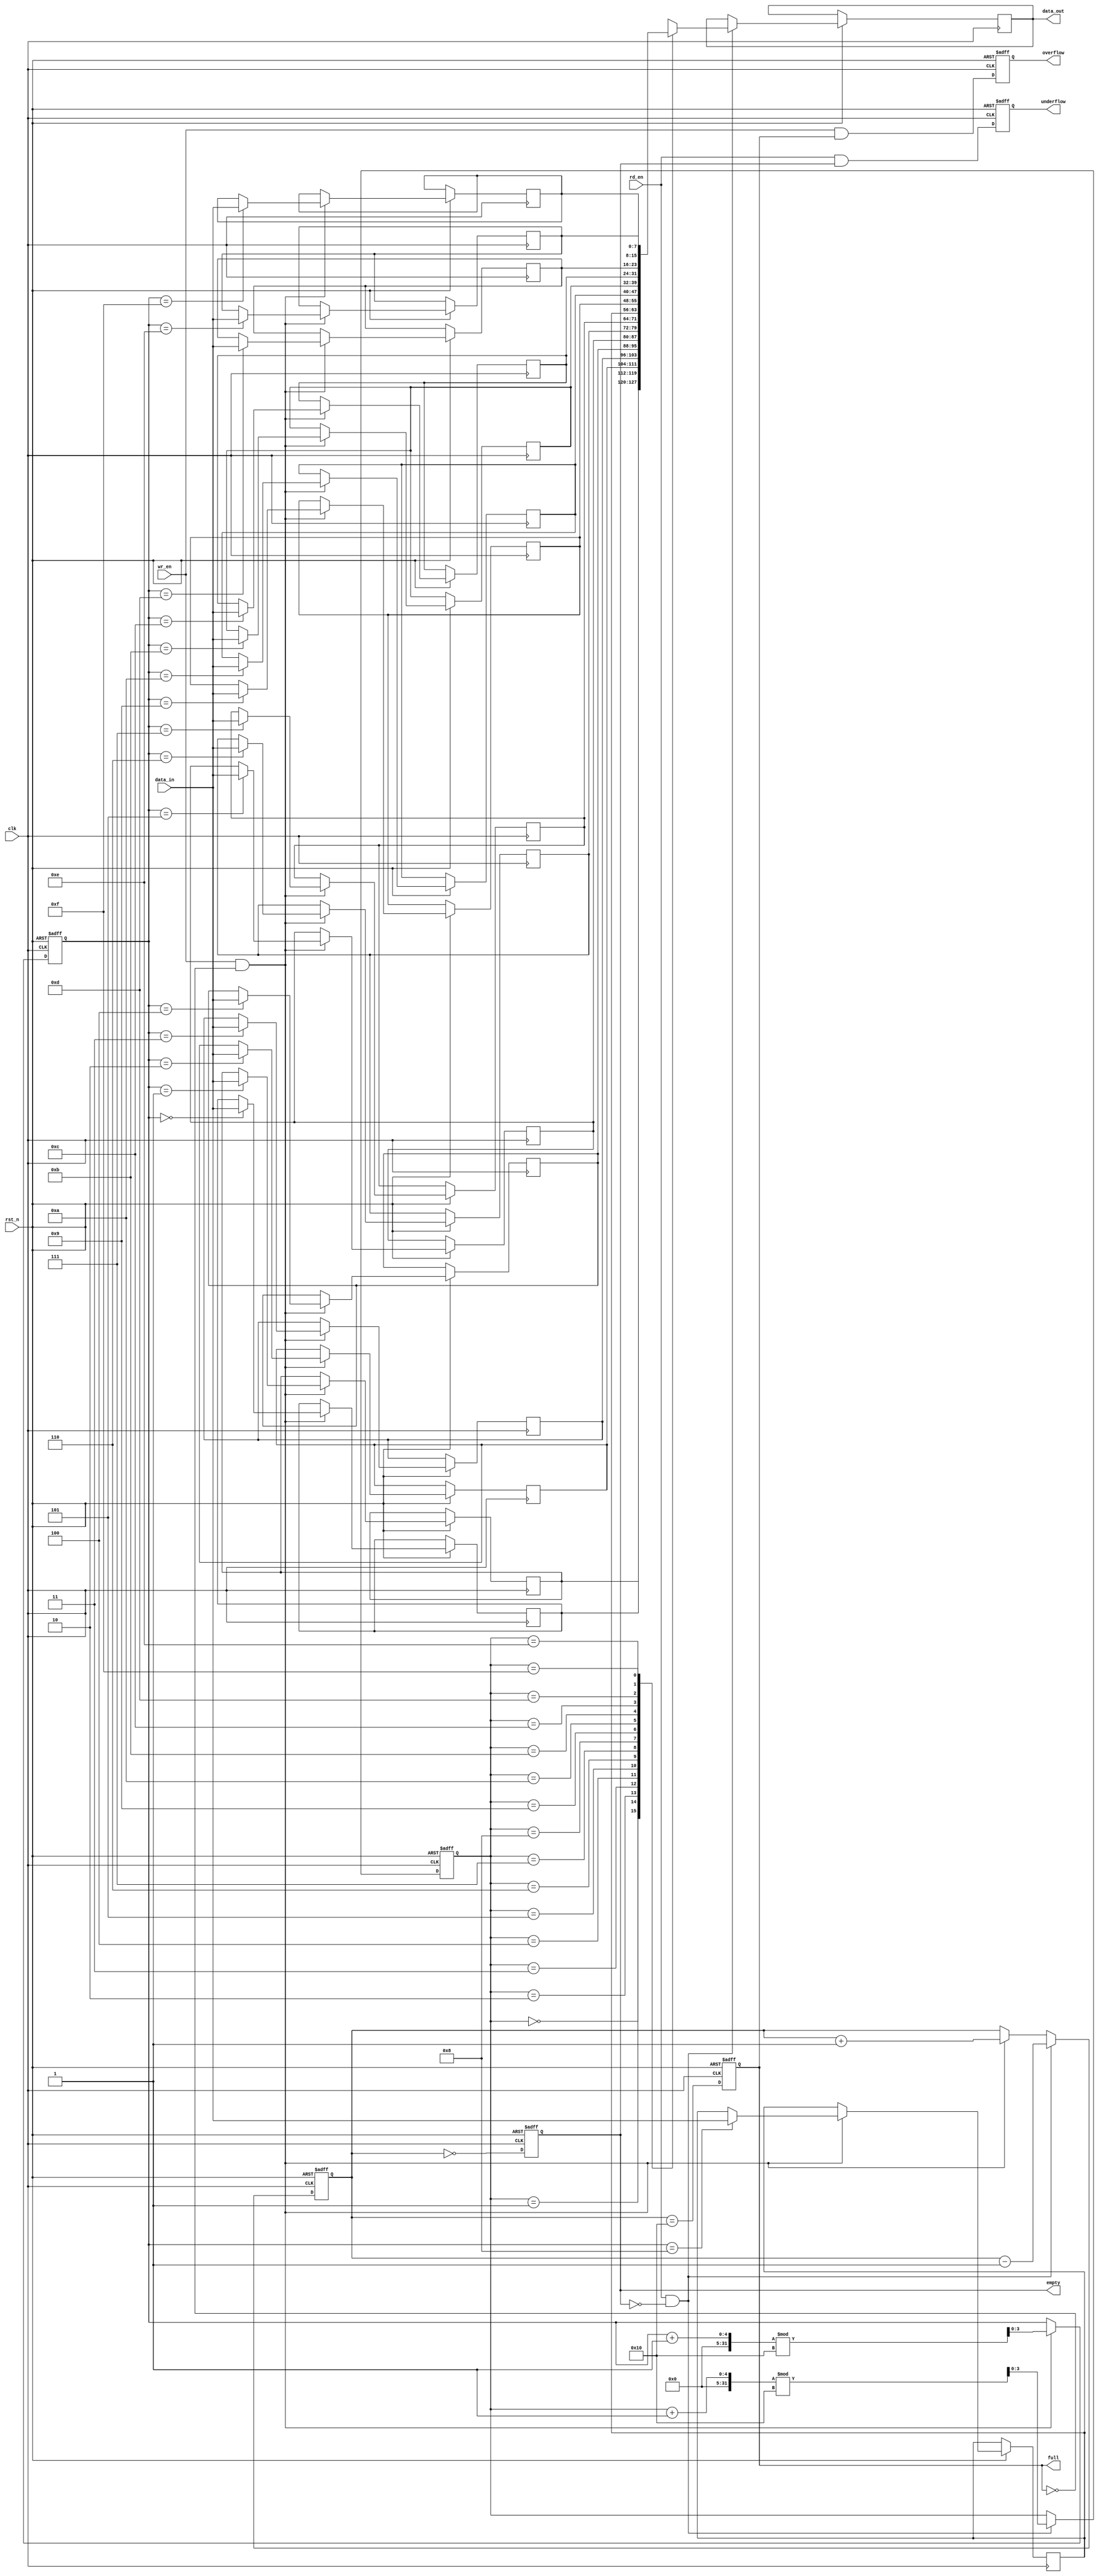
module parameterized_fifo #(
    parameter DATA_WIDTH = 8,    // Width of each data element in bits
    parameter FIFO_DEPTH = 16     // Total number of entries the FIFO can hold
) (
    input wire clk,               // Clock signal
    input wire rst_n,             // Asynchronous reset (active low)
    input wire wr_en,             // Write enable signal
    input wire rd_en,             // Read enable signal
    input wire [DATA_WIDTH-1:0] data_in, // Data input
    output reg [DATA_WIDTH-1:0] data_out, // Data output
    output reg full,              // Full flag
    output reg empty,             // Empty flag
    output reg overflow,          // Overflow flag
    output reg underflow          // Underflow flag
);

    // Internal signals
    reg [DATA_WIDTH-1:0] fifo_mem [0:FIFO_DEPTH-1]; // Memory array
    reg [$clog2(FIFO_DEPTH)-1:0] wr_ptr;           // Write pointer
    reg [$clog2(FIFO_DEPTH)-1:0] rd_ptr;           // Read pointer
    reg [$clog2(FIFO_DEPTH):0] count;               // Entry count in FIFO

    // Asynchronous reset
    always @(posedge clk or negedge rst_n) begin
        if (!rst_n) begin
            wr_ptr <= 0;
            rd_ptr <= 0;
            count <= 0;
            full <= 0;
            empty <= 1;
            overflow <= 0;
            underflow <= 0;
        end else begin
            // Write operation
            if (wr_en && !full) begin
                fifo_mem[wr_ptr] <= data_in; // Write data
                wr_ptr <= (wr_ptr + 1) % FIFO_DEPTH; // Increment write pointer
                count <= count + 1; // Increment count
            end

            // Read operation
            if (rd_en && !empty) begin
                data_out <= fifo_mem[rd_ptr]; // Read data
                rd_ptr <= (rd_ptr + 1) % FIFO_DEPTH; // Increment read pointer
                count <= count - 1; // Decrement count
            end

            // Update full and empty flags
            full <= (count == FIFO_DEPTH);
            empty <= (count == 0);

            // Set overflow and underflow flags
            overflow <= (wr_en && full);
            underflow <= (rd_en && empty);
        end
    end

endmodule